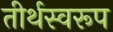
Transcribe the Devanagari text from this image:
तीर्थस्वरूप